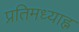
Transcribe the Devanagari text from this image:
प्रतिमध्याह्न